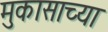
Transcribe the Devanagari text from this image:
मुकासाच्या